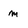
Character: m